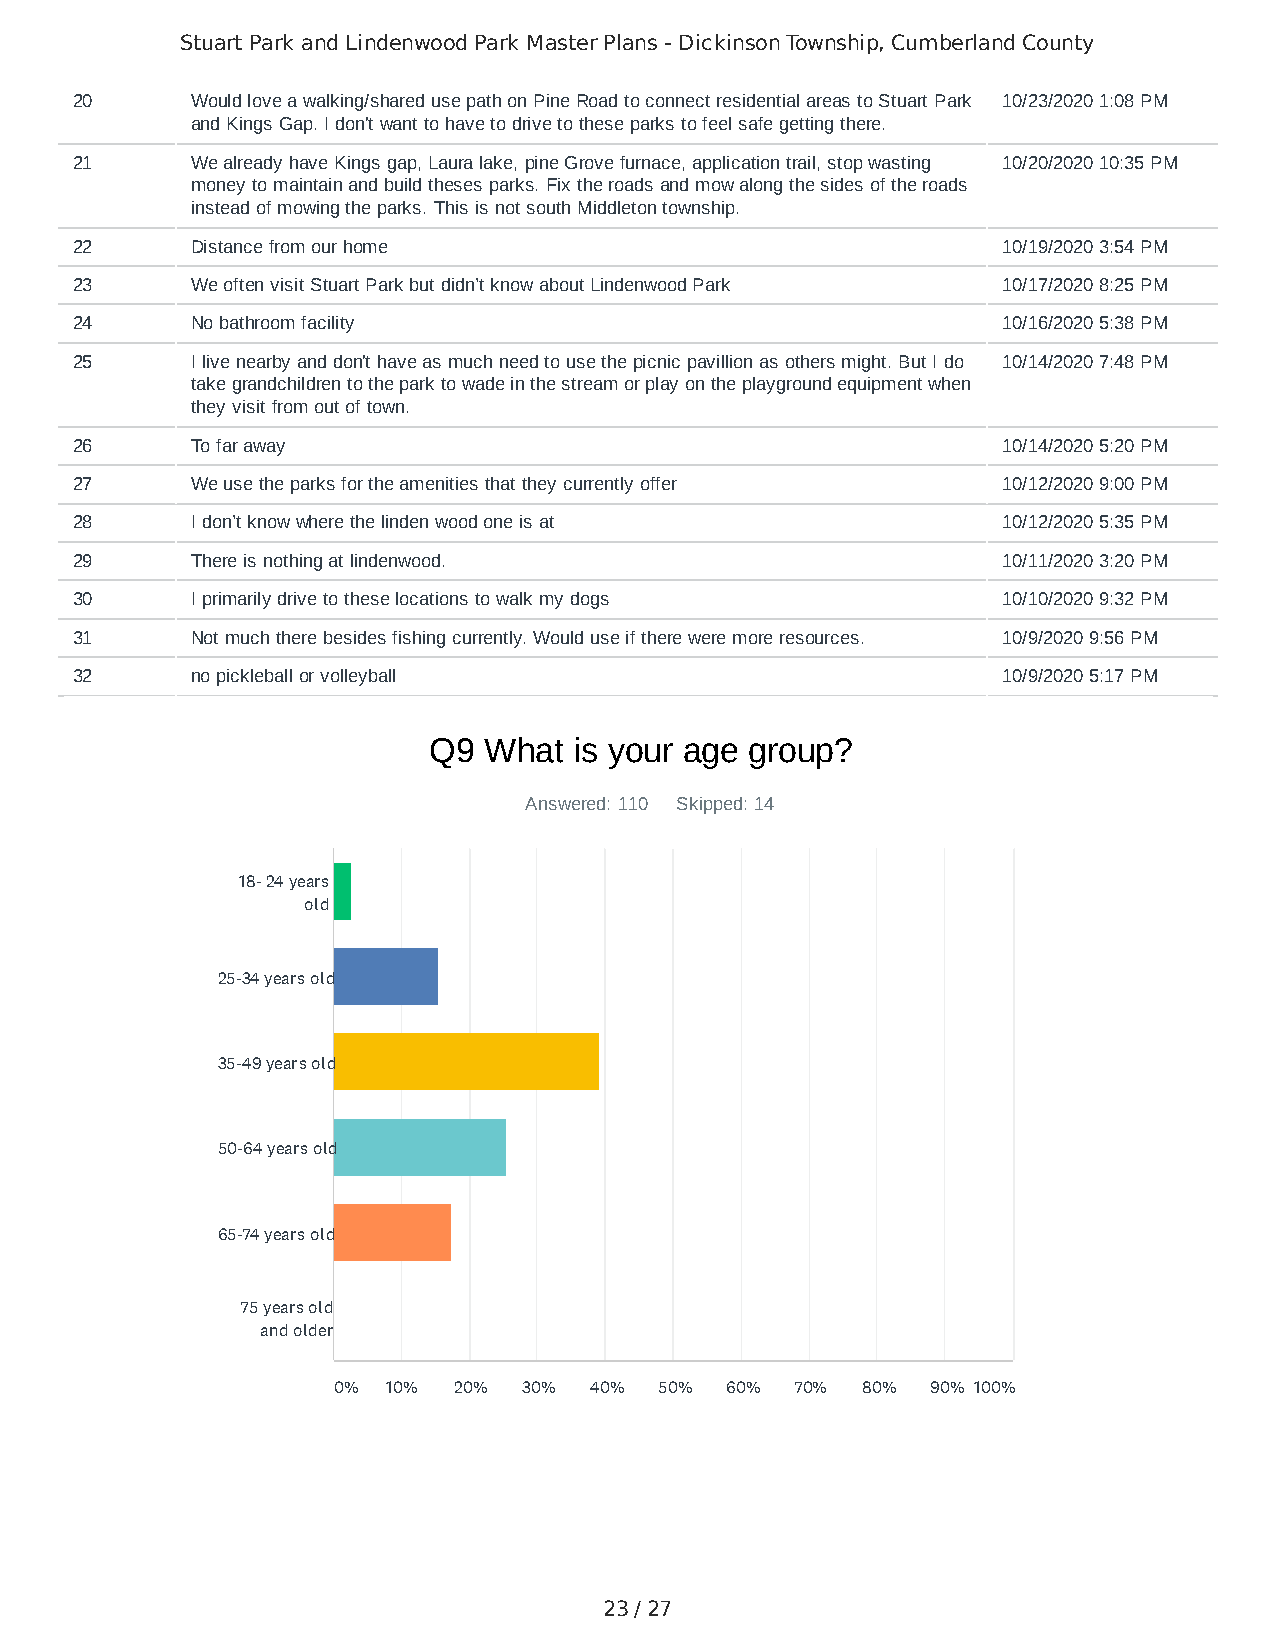
Stuart Park and Lindenwood Park Master Plans - Dickinson Township, Cumberland County
 20      Would love a walking/shared use path on Pine Road to connect residential areas to Stuart Park 10/23/2020 1:08 PM
 and Kings Gap. I don't want to have to drive to these parks to feel safe getting there.
 21      We already have Kings gap, Laura lake, pine Grove furnace, application trail, stop wasting 10/20/2020 10:35 PM
 money to maintain and build theses parks. Fix the roads and mow along the sides of the roads
 instead of mowing the parks. This is not south Middleton township.
 22      Distance from our home                               10/19/2020 3:54 PM
 23      We often visit Stuart Park but didn’t know about Lindenwood Park 10/17/2020 8:25 PM
 24      No bathroom facility                                 10/16/2020 5:38 PM
 25      I live nearby and don't have as much need to use the picnic pavillion as others might. But I do 10/14/2020 7:48 PM
 take grandchildren to the park to wade in the stream or play on the playground equipment when
 they visit from out of town.
 26      To far away                                          10/14/2020 5:20 PM
 27      We use the parks for the amenities that they currently offer 10/12/2020 9:00 PM
 28      I don’t know where the linden wood one is at         10/12/2020 5:35 PM
 29      There is nothing at lindenwood.                      10/11/2020 3:20 PM
 30      I primarily drive to these locations to walk my dogs 10/10/2020 9:32 PM
 31      Not much there besides fishing currently. Would use if there were more resources. 10/9/2020 9:56 PM
 32      no pickleball or volleyball                          10/9/2020 5:17 PM
 Q9  What  is your age group?
 Answered: 110 Skipped: 14
 18- 24 years
 old
 25-34 years old
 35-49 years old
 50-64 years old
 65-74 years old
 75 years old
 and older
 0%  10% 20%  30% 40%  50% 60%  70% 80%  90% 100%
 23 / 27